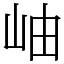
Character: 岫